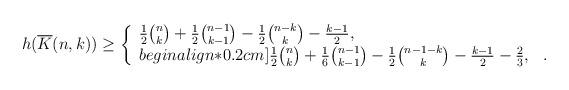
\begin{align*} h(\overline{K}(n,k)) \ge \left\{ \begin{array}{l l} \frac{1}{2} {n \choose k} + \frac{1}{2}{n-1 \choose k-1}- \frac{1}{2}{n-k \choose k}-\frac{k-1}{2}, & \\begin{align*}0.2cm] \frac{1}{2} {n \choose k} + \frac{1}{6}{n-1 \choose k-1} - \frac{1}{2}{n-1-k \choose k}-\frac{k-1}{2}-\frac{2}{3}, & . \end{array} \right.\end{align*}